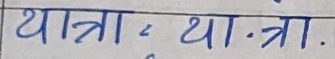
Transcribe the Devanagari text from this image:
यात्रा या.त्रा.